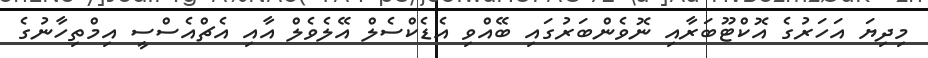
މިދިޔަ އަހަރުގެ އޮކްޓޫބަރާއި ނޮވެންބަރުގައި ބޭއްވި އެޑެކްސެލް އޭލެވެލް އާއި އެޗްއެސްސީ އިމްތިހާނުގެ